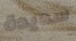
سديدة